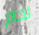
لحام